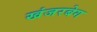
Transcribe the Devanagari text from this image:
खंजरबेग